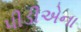
પીડીએના